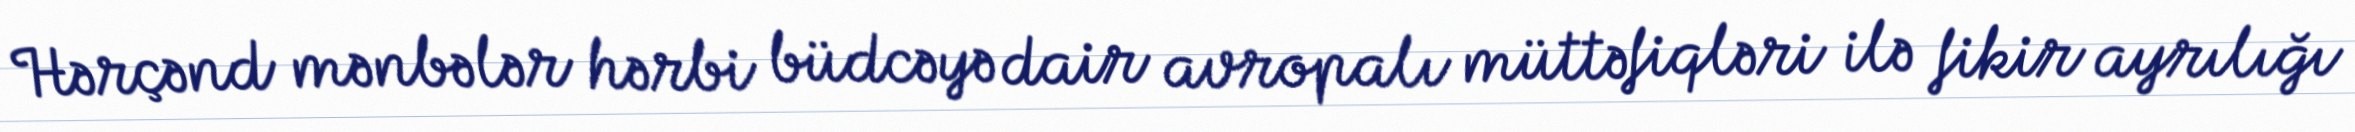
Hərçənd mənbələr hərbi büdcəyə dair avropalı müttəfiqləri ilə fikir ayrılığı